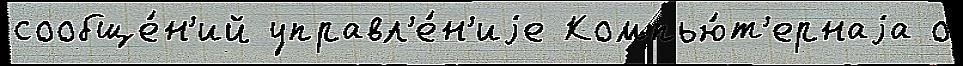
сообще́н'ий управл'е́н'иjе Компью́т'ернаjа о